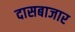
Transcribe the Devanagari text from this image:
दासबाजार